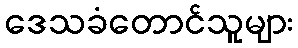
ဒေသခံတောင်သူများ